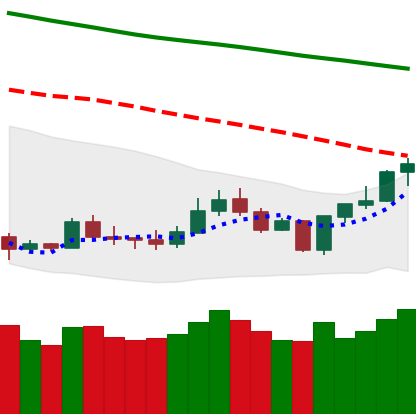
Ticker: LTC-USD
Chart end date: 2020-01-07
Forward return: 10.03%
Label: up_7plus